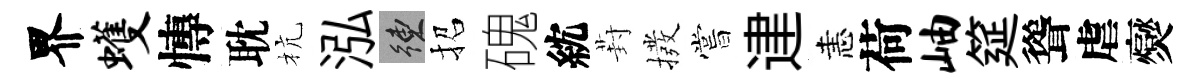
界蠖慱耽杭泓練招磈紞葑撥嘗䢖恚荷岫筵聳虐爕